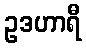
ဥဒဟာရီ